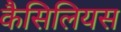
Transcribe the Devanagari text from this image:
कैसिलियस